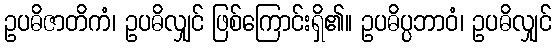
ဥပဓိဇာတိကံ၊ ဥပဓိလျှင် ဖြစ်ကြောင်းရှိ၏။ ဥပဓိပ္ပဘာဝံ၊ ဥပဓိလျှင်